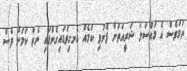
ނަމަވެސް އެ މައްސަލަ ޝަރީއަތަށް ފޮނުވި ކަމެއް އެނގިވަޑައިގެންފައި ނެތް ކަމަށް ވެސް